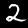
Digit: 2